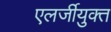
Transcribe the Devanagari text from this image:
एलर्जीयुक्त